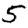
Digit: 5